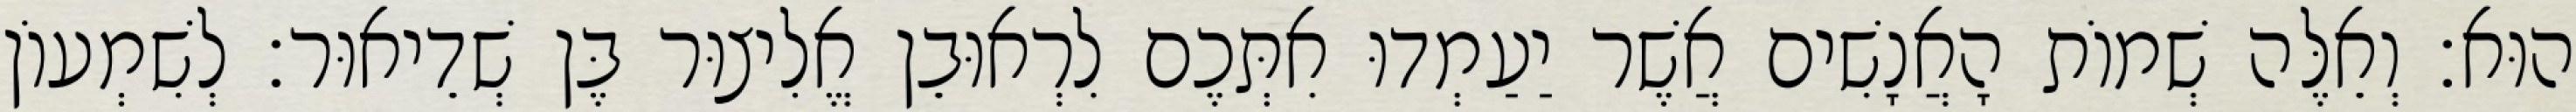
הוּא׃ וְאֵלֶּה שְׁמוֹת הָאֲנָשִׁים אֲשֶׁר יַעַמְדוּ אִתְּכֶם לִרְאוּבֵן אֱלִיצוּר בֶּן שְׁדֵיאוּר׃ לְשִׁמְעוֹן